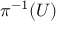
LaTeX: \pi ^ { - 1 } ( U )